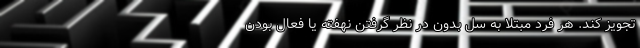
تجویز کند. هر فرد مبتلا به سل بدون در نظر گرفتن نهفته یا فعال بودن